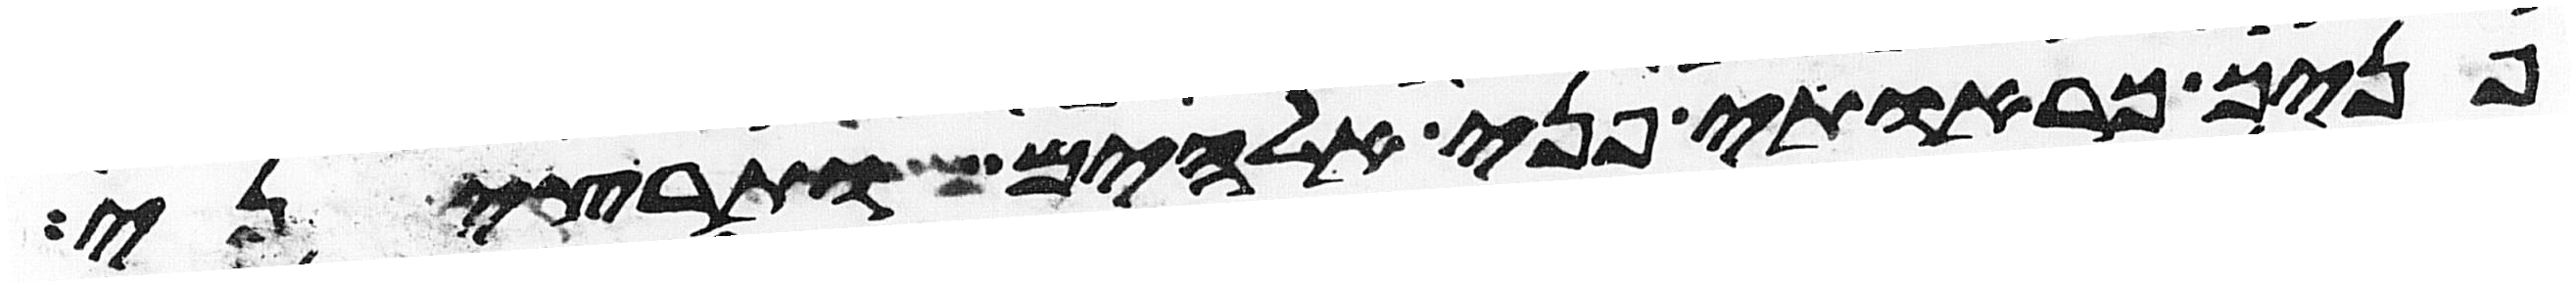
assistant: פניך כראות פני אלהים ותרצני